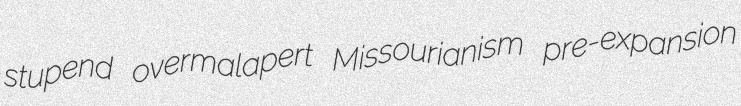
stupend overmalapert Missourianism pre-expansion